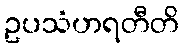
ဥပသံဟရတီတိ